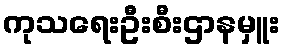
ကုသရေးဦးစီးဌာနမှူး